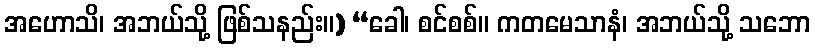
အဟောသိ၊ အဘယ်သို့ ဖြစ်သနည်း။) “ခေါ၊ စင်စစ်။ ကတမေသာနံ၊ အဘယ်သို့ သဘော